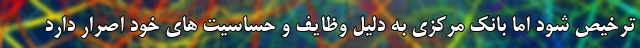
ترخیص شود اما بانک مرکزی به دلیل وظایف و حساسیت های خود اصرار دارد